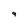
Character: 9